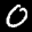
Label: 0